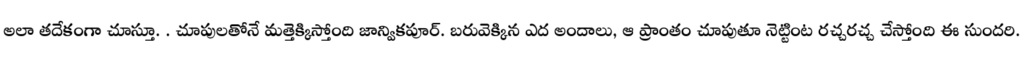
అలా తదేకంగా చూస్తూ. . చూపులతోనే మత్తెక్కిస్తోంది జాన్వికపూర్. బరువెక్కిన ఎద అందాలు, ఆ ప్రాంతం చూపుతూ నెట్టింట రచ్చరచ్చ చేస్తోంది ఈ సుందరి.